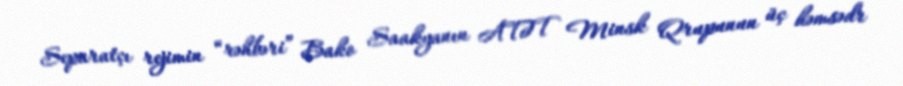
Separatçı rejimin “rəhbəri” Bako Saakyanın ATƏT Minsk Qrupunun üç həmsədr